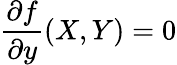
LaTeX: {\frac{\partial f}{\partial y}}(X,Y)=0